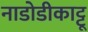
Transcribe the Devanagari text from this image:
नाडोडीकाट्टू